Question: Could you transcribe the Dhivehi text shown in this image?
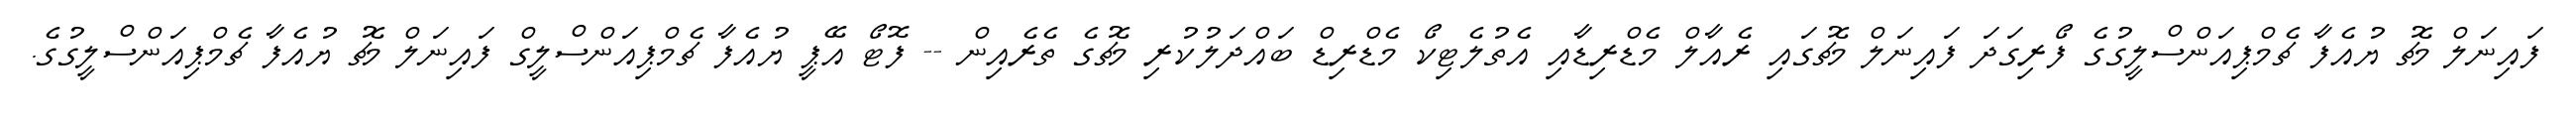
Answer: ފައިނަލް މެޗު ޔުއެފާ ޗެމްޕިއަންސްލީގުގެ ފޯރިގަދަ ފައިނަލް މެޗުގައި ރެއާލް މެޑްރިޑާއި އެތުލެޓިކޯ މެޑްރިޑް ބައްދަލުކުރި މެޗުގެ ތެރެއިން -- ފޮޓޯ އޭޕީ ޔުއެފާ ޗެމްޕިއަންސްލީގް ފައިނަލް މެޗު ޔުއެފާ ޗެމްޕިއަންސްލީގުގެ.